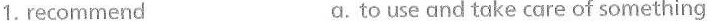
1. recommend a.to use and take care of something